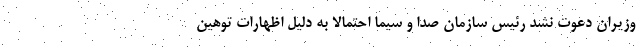
وزیران دعوت نشد رئیس سازمان صدا و سیما احتمالا به دلیل اظهارات توهین